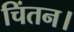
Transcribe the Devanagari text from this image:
चिंतन।